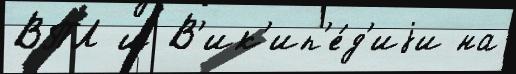
ВПЛ и В'ик'ип'е́д'иjи на